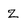
Character: Z